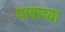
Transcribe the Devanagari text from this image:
पावाच्या